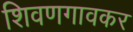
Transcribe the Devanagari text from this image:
शिवणगावकर